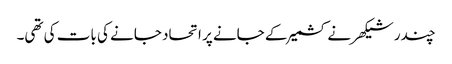
چندر شیکھر نے کشمیر کے جانے پر اتحاد جانے کی بات کی تھی۔